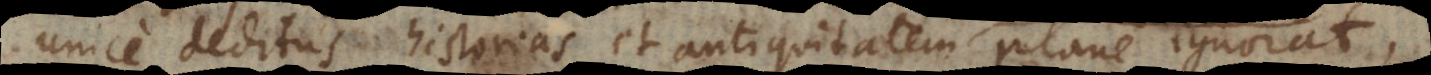
deditus historias et antiquitatem plane ignorat,